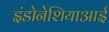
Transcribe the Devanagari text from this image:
इंडोनेशियाआई